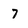
Character: 7